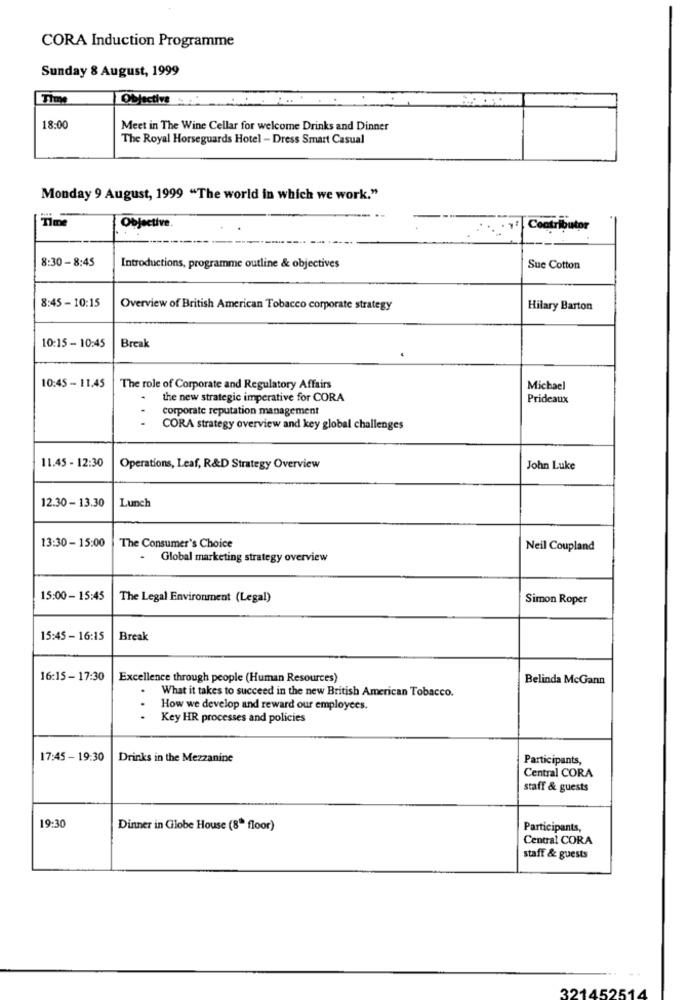
CORA Induction Programme
Sunday 8 August, 1999
Time
Objective
18:00
Meet in The Wine Cellar for welcome Drinks and Dinner
The Royal Horseguards Hotel - Dress Smart Casual
Monday 9 August, 1999 "The world in which we work."
Time
Objective
Contributor
8:30 - 8:45
Introductions, programme outline & objectives
Sue Cotton
8:45 - 10:15
Overview of British American Tobacco corporate strategy
Hilary Barton
10:15 - 10:45
Break
10:45 - 11.45
The role of Corporate and Regulatory Affairs
Michael
the new strategic imperative for CORA
Prideaux
corporate reputation management
CORA strategy overview and key global challenges
11.45 - 12:30
Operations, Leaf, R&D Strategy Overview
John Luke
12.30 - 13.30
Lunch
13:30- 15:00
The Consumer's Choice
Neil Coupland
Global marketing strategy overview
15:00 - 15:45
The Legal Environment (Legal)
Simon Roper
15:45 - 16:15
Break
16:15-17:30
Excellence through people (Human Resources)
Belinda McGann
What it takes to succeed in the new British American Tobacco.
How we develop and reward our employees.
Key HR processes and policies
17:45 - 19:30
Drinks in the Mezzanine
Participants,
Central CORA
staff & guests
19:30
Dinner in Globe House (8" floor)
Participants,
Central CORA
staff & guests
321452514